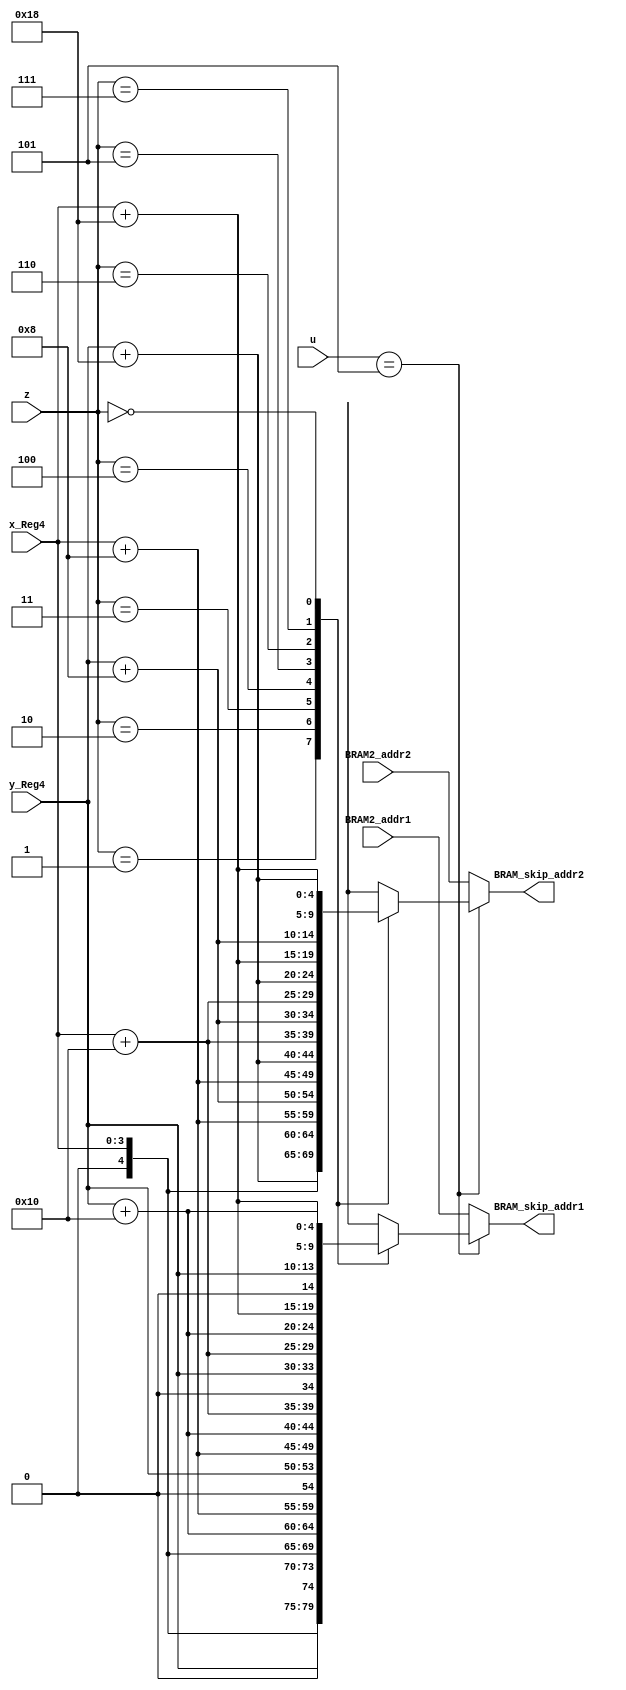
module BRAM_SKIP_address_L9(z,u,x_Reg4,y_Reg4,BRAM2_addr1,BRAM2_addr2,BRAM_skip_addr1,BRAM_skip_addr2);
output reg [9:0] BRAM_skip_addr1,BRAM_skip_addr2;
input [9:0] BRAM2_addr1,BRAM2_addr2;
input [2:0] u,z;
input [3:0] x_Reg4,y_Reg4;
wire [4:0] XREG_5bits,YREG_5bits;
assign XREG_5bits={1'b0,x_Reg4};
assign YREG_5bits={1'b0,y_Reg4};
always @ (*)
	begin
	 if (u==5)
		case(z)
			   1: begin  BRAM_skip_addr1={XREG_5bits,YREG_5bits}; 			        BRAM_skip_addr2={XREG_5bits,YREG_5bits+5'b01000}; 				     end
				2: begin BRAM_skip_addr1={XREG_5bits,YREG_5bits+5'b10000}; 	        BRAM_skip_addr2={XREG_5bits,YREG_5bits+5'b11000}; 				     end
				3: begin BRAM_skip_addr1={XREG_5bits+5'b01000,YREG_5bits}; 		    BRAM_skip_addr2={XREG_5bits+5'b01000,YREG_5bits+5'b01000}; 		  end
				4: begin BRAM_skip_addr1={XREG_5bits+5'b01000,YREG_5bits+5'b10000}; BRAM_skip_addr2={XREG_5bits+5'b01000,YREG_5bits+5'b11000}; 		  end	
			   5: begin  BRAM_skip_addr1={XREG_5bits+5'b10000,YREG_5bits}; 			BRAM_skip_addr2={XREG_5bits+5'b10000,YREG_5bits+5'b01000}; 		  end
				6: begin BRAM_skip_addr1={XREG_5bits+5'b10000,YREG_5bits+5'b10000}; BRAM_skip_addr2={XREG_5bits+5'b10000,YREG_5bits+5'b11000}; 		  end	
				7: begin BRAM_skip_addr1={XREG_5bits+5'b11000,YREG_5bits}; 			BRAM_skip_addr2={XREG_5bits+5'b11000,YREG_5bits+5'b01000}; 		  end
				0: begin BRAM_skip_addr1={XREG_5bits+5'b11000,YREG_5bits+5'b10000}; BRAM_skip_addr2={XREG_5bits+5'b11000,YREG_5bits+5'b11000};         end					
		endcase
	else 
	begin BRAM_skip_addr1=BRAM2_addr1; BRAM_skip_addr2=BRAM2_addr2; end
	end

endmodule